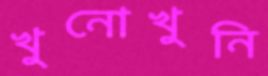
খুনোখুনি